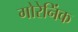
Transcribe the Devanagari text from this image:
गोरेनिंक